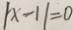
\vert x - 1 \vert = 0